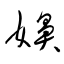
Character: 嬶